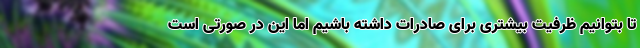
تا بتوانیم ظرفیت بیشتری برای صادرات داشته باشیم اما این در صورتی است